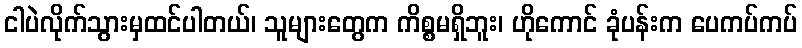
ငါပဲလိုက်သွားမှထင်ပါတယ်၊ သူများတွေက ကိစ္စမရှိဘူး၊ ဟိုကောင် ခုံပန်းက ပေကပ်ကပ်